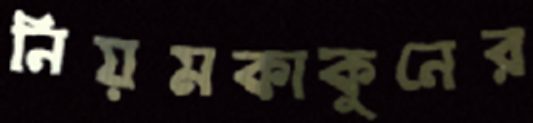
নিয়মকাকুনের